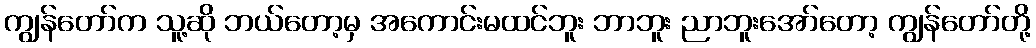
ကျွန်တော်က သူ့ဆို ဘယ်တော့မှ အကောင်းမထင်ဘူး ဘာဘူး ညာဘူးအော်တော့ ကျွန်တော်တို့